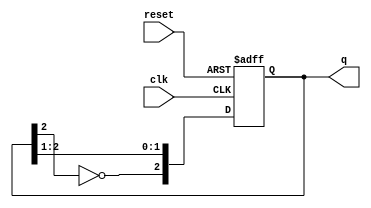
module JohnsonCounter (
    input wire clk,         // Clock signal
    input wire reset,       // Asynchronous reset signal
    output reg [2:0] q      // 3-bit output
);

// State transition logic
always @(posedge clk or posedge reset) begin
    if (reset) begin
        q <= 3'b000;       // Reset to initial state
    end else begin
        // Shift and feedback mechanism
        q[2] <= ~q[2];     // Inverted output of the last flip-flop (q[2])
        q[1] <= q[2];      // Shift state
        q[0] <= q[1];      // Shift state
    end
end

endmodule